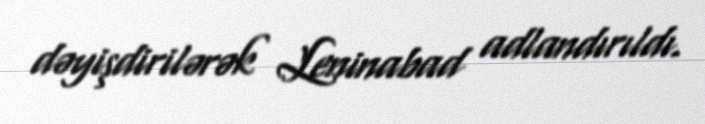
dəyişdirilərək Leninabad adlandırıldı.